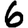
Digit: 6